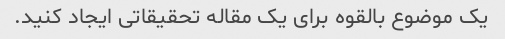
یک موضوع بالقوه برای یک مقاله تحقیقاتی ایجاد کنید.